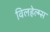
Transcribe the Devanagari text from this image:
विलहेल्म्स